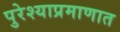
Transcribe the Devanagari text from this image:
पुरेश्याप्रमाणात